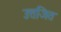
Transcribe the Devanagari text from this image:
उत्तजित